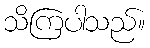
သိကြပါသည်။